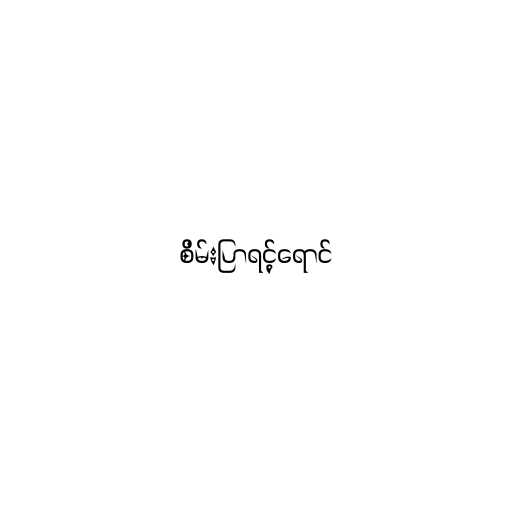
စိမ်းပြာရင့်ရောင်